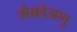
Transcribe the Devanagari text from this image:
मैक्रोअणु